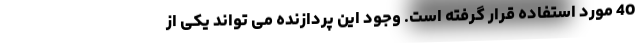
40 مورد استفاده قرار گرفته است. وجود این پردازنده می تواند یکی از